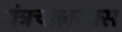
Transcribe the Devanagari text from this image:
यंत्रचालकास